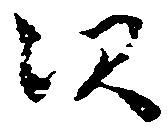
次